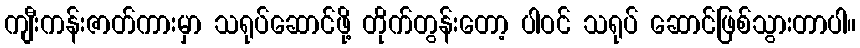
ကျီးကန်းဇာတ်ကားမှာ သရုပ်ဆောင်ဖို့ တိုက်တွန်းတော့ ပါဝင် သရုပ် ဆောင်ဖြစ်သွားတာပါ။